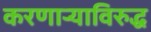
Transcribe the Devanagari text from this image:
करणार्‍याविरुद्ध